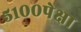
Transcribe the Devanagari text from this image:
५१००पेक्षा